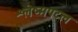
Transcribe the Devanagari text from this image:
श्लेष्मपटल